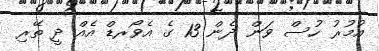
އުމުރު ހުސް ވަން ދެން 13 ގެ އެވޯރޑް އެއް ދީ ތޭރި